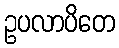
ဥပလာပိတေ